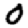
Digit: 0